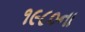
૧૯૮૦ના